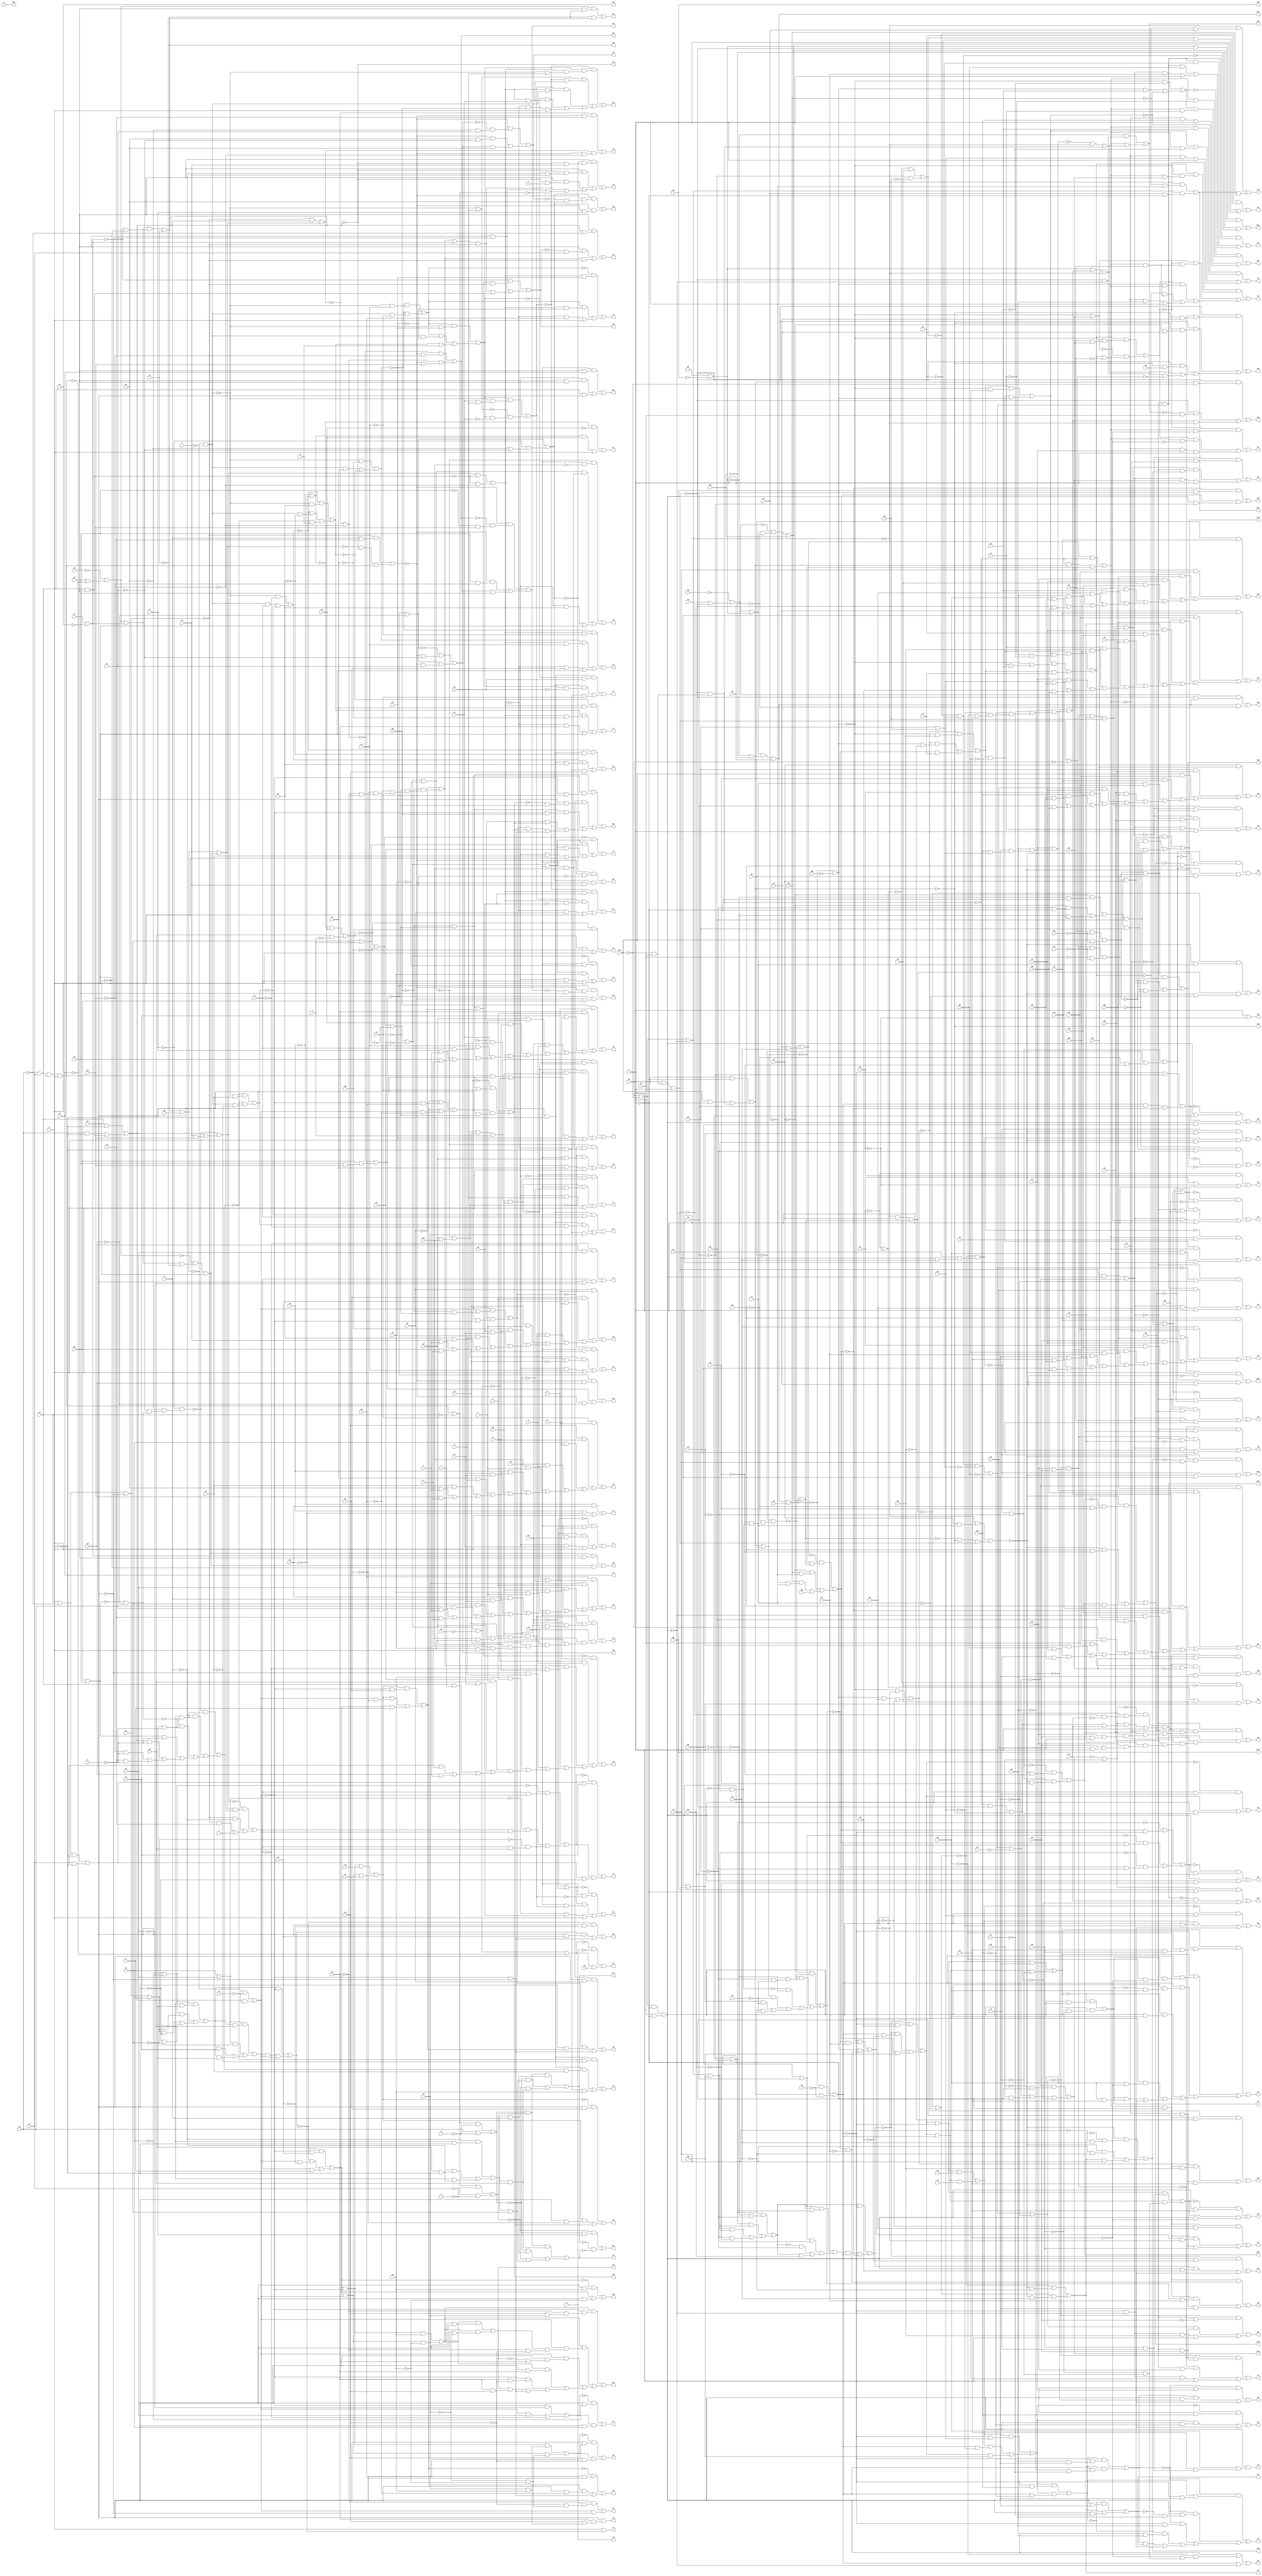
// IWLS benchmark module "pair" printed on Wed May 29 17:28:06 2002
module pair(a, b, c, d, e, f, g, h, i, j, k, l, m, n, o, p, q, r, s, t, u, v, w, y, z, a0, b0, c0, d0, e0, f0, g0, h0, i0, j0, k0, l0, m0, n0, o0, p0, q0, r0, s0, t0, u0, v0, w0, x0, y0, z0, a1, b1, c1, d1, e1, f1, g1, h1, i1, j1, k1, l1, m1, n1, o1, p1, q1, r1, s1, t1, u1, v1, w1, x1, y1, z1, a2, b2, c2, d2, e2, f2, g2, h2, i2, j2, k2, l2, m2, n2, o2, p2, q2, r2, s2, t2, u2, v2, w2, x2, y2, z2, a3, b3, c3, d3, e3, f3, g3, h3, i3, j3, k3, l3, m3, n3, o3, p3, q3, r3, s3, t3, u3, v3, w3, x3, y3, z3, a4, b4, c4, d4, e4, f4, g4, h4, i4, j4, k4, l4, m4, n4, o4, p4, q4, r4, s4, t4, u4, v4, w4, x4, y4, z4, a5, b5, c5, d5, e5, f5, g5, h5, i5, j5, k5, l5, m5, n5, o5, p5, q5, r5, s5, t5, u5, v5, w5, x5, y5, z5, a6, b6, c6, d6, e6, f6, g6, h6, i6, j6, k6, l6, m6, n6, o6, p6, q6, r6, s6, t6, u6, v6, w6, x6, y6, z6, a7, b7, c7, d7, e7, f7, g7, h7, i7, j7, k7, l7, m7, n7, o7, p7, q7, r7, s7, t7, u7, v7, w7, x7, y7, z7, a8, b8, c8, d8, e8, f8, g8, h8, i8, j8, k8, l8, m8, n8, o8, p8, q8, r8, s8, t8, u8, v8, w8, x8, y8, z8, a9, b9, c9, d9, e9, f9, g9, h9, i9, j9, k9, l9, m9, n9, o9, p9, q9, r9, s9, t9, u9, v9, w9, x9, y9, z9, a10, b10, c10, d10, e10, f10, g10, h10, i10, j10, k10, l10, m10, n10, o10, p10, q10, r10, s10, t10, u10, v10, w10, x10, y10);
input
  a,
  b,
  c,
  d,
  e,
  f,
  g,
  h,
  i,
  j,
  k,
  l,
  m,
  n,
  o,
  p,
  q,
  r,
  s,
  t,
  u,
  v,
  w,
  y,
  z,
  a0,
  a1,
  a2,
  a3,
  a4,
  a5,
  b0,
  b1,
  b2,
  b3,
  b4,
  b5,
  c0,
  c1,
  c2,
  c3,
  c4,
  c5,
  d0,
  d1,
  d2,
  d3,
  d4,
  d5,
  e0,
  e1,
  e2,
  e3,
  e4,
  e5,
  f0,
  f1,
  f2,
  f3,
  f4,
  f5,
  g0,
  g1,
  g2,
  g3,
  g4,
  g5,
  h0,
  h1,
  h2,
  h3,
  h4,
  h5,
  i0,
  i1,
  i2,
  i3,
  i4,
  i5,
  j0,
  j1,
  j2,
  j3,
  j4,
  j5,
  k0,
  k1,
  k2,
  k3,
  k4,
  k5,
  l0,
  l1,
  l2,
  l3,
  l4,
  l5,
  m0,
  m1,
  m2,
  m3,
  m4,
  m5,
  n0,
  n1,
  n2,
  n3,
  n4,
  n5,
  o0,
  o1,
  o2,
  o3,
  o4,
  o5,
  p0,
  p1,
  p2,
  p3,
  p4,
  p5,
  q0,
  q1,
  q2,
  q3,
  q4,
  q5,
  r0,
  r1,
  r2,
  r3,
  r4,
  r5,
  s0,
  s1,
  s2,
  s3,
  s4,
  t0,
  t1,
  t2,
  t3,
  t4,
  u0,
  u1,
  u2,
  u3,
  u4,
  v0,
  v1,
  v2,
  v3,
  v4,
  w0,
  w1,
  w2,
  w3,
  w4,
  x0,
  x1,
  x2,
  x3,
  x4,
  y0,
  y1,
  y2,
  y3,
  y4,
  z0,
  z1,
  z2,
  z3,
  z4;
output
  h10,
  x10,
  i10,
  y10,
  j10,
  k10,
  l10,
  m10,
  n10,
  a6,
  a7,
  a8,
  a9,
  b6,
  b7,
  b8,
  b9,
  c6,
  c7,
  c8,
  c9,
  d6,
  d7,
  d8,
  d9,
  e6,
  e7,
  e8,
  e9,
  f6,
  f7,
  f8,
  f9,
  g6,
  g7,
  g8,
  g9,
  h6,
  h7,
  h8,
  h9,
  i6,
  i7,
  i8,
  i9,
  j6,
  j7,
  j8,
  j9,
  k6,
  k7,
  k8,
  k9,
  l6,
  l7,
  l8,
  l9,
  m6,
  m7,
  m8,
  m9,
  n6,
  n7,
  n8,
  n9,
  o10,
  o6,
  o7,
  o8,
  o9,
  p6,
  p7,
  p8,
  p9,
  q6,
  q7,
  q8,
  q9,
  r6,
  r7,
  r8,
  r9,
  s5,
  s6,
  s7,
  s8,
  s9,
  t5,
  t6,
  t7,
  t8,
  t9,
  u5,
  u6,
  u7,
  u8,
  u9,
  v5,
  v6,
  v7,
  v8,
  v9,
  w5,
  w6,
  w7,
  w8,
  w9,
  x5,
  x6,
  x7,
  x8,
  x9,
  y5,
  y6,
  y7,
  y8,
  y9,
  z5,
  z6,
  z7,
  z8,
  z9,
  p10,
  a10,
  q10,
  b10,
  r10,
  c10,
  s10,
  d10,
  t10,
  e10,
  u10,
  f10,
  v10,
  g10,
  w10;
wire
  w39,
  \[77] ,
  \[78] ,
  w53,
  \[79] ,
  h20,
  h22,
  h31,
  h32,
  h40,
  \[80] ,
  \[81] ,
  \[82] ,
  \[83] ,
  \[84] ,
  \[85] ,
  x23,
  x29,
  \[86] ,
  \[87] ,
  \[88] ,
  x53,
  \[89] ,
  i19,
  i33,
  i44,
  \[90] ,
  \[91] ,
  \[92] ,
  \[93] ,
  \[94] ,
  y18,
  \[95] ,
  \[96] ,
  \[97] ,
  \[100] ,
  y43,
  y47,
  y48,
  \[98] ,
  y50,
  \[101] ,
  \[99] ,
  \[102] ,
  j18,
  \[103] ,
  j26,
  j27,
  \[104] ,
  \[105] ,
  j47,
  j50,
  j51,
  \[106] ,
  \[107] ,
  \[108] ,
  \[0] ,
  \[109] ,
  \[1] ,
  \[2] ,
  \[200] ,
  \[3] ,
  \[201] ,
  \[4] ,
  \[202] ,
  \[5] ,
  z22,
  \[203] ,
  \[6] ,
  z30,
  \[204] ,
  \[7] ,
  z40,
  \[110] ,
  \[205] ,
  \[8] ,
  z50,
  \[111] ,
  \[206] ,
  \[9] ,
  \[112] ,
  k20,
  \[113] ,
  \[114] ,
  \[209] ,
  k40,
  \[115] ,
  k45,
  \[116] ,
  \[117] ,
  \[118] ,
  \[210] ,
  \[211] ,
  \[212] ,
  \[121] ,
  \[122] ,
  \[123] ,
  \[124] ,
  l37,
  \[125] ,
  l51,
  \[126] ,
  \[128] ,
  \[129] ,
  \[130] ,
  \[131] ,
  \[132] ,
  m16,
  m19,
  \[133] ,
  \[134] ,
  \[135] ,
  m53,
  \[136] ,
  \[231] ,
  \[232] ,
  \[143] ,
  \[144] ,
  \[239] ,
  n38,
  n40,
  n43,
  \[145] ,
  n44,
  n50,
  \[146] ,
  \[241] ,
  \[243] ,
  \[247] ,
  o26,
  \[249] ,
  \[155] ,
  o49,
  \[156] ,
  \[157] ,
  \[158] ,
  \[159] ,
  \[252] ,
  \[253] ,
  \[254] ,
  \[160] ,
  \[255] ,
  \[256] ,
  \[257] ,
  p21,
  p22,
  \[163] ,
  p25,
  \[258] ,
  \[164] ,
  p36,
  \[259] ,
  \[165] ,
  p47,
  \[166] ,
  \[167] ,
  a26,
  \[168] ,
  a28,
  \[169] ,
  \[260] ,
  \[261] ,
  \[262] ,
  \[10] ,
  \[263] ,
  \[11] ,
  \[12] ,
  \[170] ,
  \[13] ,
  \[171] ,
  \[14] ,
  \[172] ,
  q19,
  \[15] ,
  \[173] ,
  \[16] ,
  \[174] ,
  q39,
  \[17] ,
  q42,
  \[175] ,
  \[18] ,
  \[176] ,
  \[177] ,
  b17,
  b18,
  \[178] ,
  b32,
  \[179] ,
  b46,
  \[21] ,
  \[22] ,
  \[180] ,
  \[23] ,
  \[181] ,
  \[24] ,
  \[182] ,
  r18,
  r20,
  \[183] ,
  \[26] ,
  \[184] ,
  r36,
  r38,
  \[27] ,
  \[185] ,
  \[28] ,
  r50,
  \[186] ,
  \[29] ,
  \[187] ,
  c25,
  \[188] ,
  \[189] ,
  c52,
  c54,
  \[30] ,
  \[31] ,
  \[32] ,
  \[190] ,
  \[33] ,
  \[191] ,
  \[34] ,
  s16,
  \[35] ,
  \[193] ,
  s24,
  \[36] ,
  \[194] ,
  \[37] ,
  \[195] ,
  \[38] ,
  \[39] ,
  \[197] ,
  d21,
  \[198] ,
  d31,
  \[199] ,
  \[40] ,
  \[41] ,
  \[42] ,
  \[43] ,
  \[44] ,
  \[45] ,
  t20,
  t22,
  \[46] ,
  \[47] ,
  \[48] ,
  \[49] ,
  e19,
  e29,
  e52,
  \[50] ,
  \[51] ,
  \[52] ,
  \[53] ,
  \[54] ,
  u19,
  \[55] ,
  u22,
  \[56] ,
  \[57] ,
  \[58] ,
  u53,
  \[59] ,
  f50,
  \[60] ,
  \[61] ,
  \[62] ,
  \[63] ,
  \[64] ,
  v19,
  \[65] ,
  \[66] ,
  v38,
  \[67] ,
  v41,
  v42,
  v49,
  \[68] ,
  v50,
  \[69] ,
  g29,
  g41,
  g49,
  \[70] ,
  \[71] ,
  \[72] ,
  \[73] ,
  \[74] ,
  \[75] ,
  \[76] ,
  w32;
assign
  w39 = (q39 & (~j50 & p3)) | ((q39 & (j50 & ~p3)) | (n38 & h0)),
  \[77]  = e52 & (o3 & (n3 & (m3 & l3))),
  \[78]  = (~n38 & (e52 & l3)) | (n38 & (e52 & ~l3)),
  w53 = (\[187]  & ~c0) | (~l5 & ~c0),
  h10 = y,
  \[79]  = (~r38 & (e52 & m3)) | (r38 & (e52 & ~m3)),
  h20 = \[257]  & ~b18,
  h22 = \[231]  | ~t20,
  h31 = (\[261]  & (x2 & w2)) | (\[260]  & (~x2 & ~w2)),
  h32 = (b32 & (~e19 & a3)) | ((b32 & (e19 & ~a3)) | (z30 & j)),
  h40 = ~t3 & (~s3 & (~r3 & (~q3 & (~p3 & (~o3 & n3))))),
  \[80]  = (~v38 & (e52 & n3)) | (v38 & (e52 & ~n3)),
  \[81]  = (r38 & (~j50 & (~o3 & (n3 & m3)))) | ((r38 & (j50 & (\[79]  & (~o3 & ~n3)))) | ((j50 & (e52 & (~\[79]  & o3))) | ((~r38 & (e52 & o3)) | ((~j50 & (o3 & ~n3)) | ((\[79]  & (o3 & n3)) | \[175] ))))),
  \[82]  = (~q39 & (e52 & p3)) | ((q39 & (e52 & ~p3)) | \[175] ),
  \[83]  = (~w39 & (e52 & q3)) | ((w39 & (e52 & ~q3)) | \[175] ),
  \[84]  = (~n40 & (e52 & r3)) | (n40 & (e52 & ~r3)),
  x10 = \[135] ,
  \[85]  = (~z40 & (n40 & (~j50 & r3))) | ((~z40 & (e52 & (~\[84]  & s3))) | ((~z40 & (~j50 & s3)) | ((~n40 & (e52 & s3)) | ((z40 & \[84] ) | \[175] )))),
  x23 = (~d21 & (~v19 & s1)) | (~d21 & (v19 & ~s1)),
  x29 = (~\[172]  & (r20 & ~e19)) | ((~\[171]  & (r20 & e19)) | (~\[143]  & (r20 & q1))),
  \[86]  = (~z40 & (e52 & t3)) | ((z40 & (e52 & ~t3)) | \[175] ),
  \[87]  = (\[155]  & (~g41 & ~u3)) | ((\[155]  & (g41 & u3)) | (\[210]  & l3)),
  \[88]  = (\[155]  & (~v41 & v3)) | ((\[155]  & (v41 & ~v3)) | (\[210]  & m3)),
  x53 = (\[187]  & ~b0) | (m5 & ~b0),
  i10 = a5,
  \[89]  = (~\[198]  & (\[155]  & ~w3)) | ((\[198]  & (\[155]  & w3)) | (\[210]  & n3)),
  i19 = ~c1 & (~b1 & (~a1 & m19)),
  i33 = (w32 & (e19 & (~d3 & ~c3))) | (~\[190]  & (w32 & ~e19)),
  i44 = (~\[194]  & f4) | (q5 & ~j0),
  \[90]  = (~q42 & (l51 & x3)) | ((\[254]  & l51) | ((~l51 & o3) | z)),
  \[91]  = (~v42 & (l51 & y3)) | ((v42 & (l51 & ~y3)) | ((~l51 & p3) | z)),
  \[92]  = (~\[204]  & (l51 & ~z3)) | ((\[204]  & (l51 & z3)) | ((~l51 & q3) | z)),
  \[93]  = (\[155]  & (~n43 & a4)) | ((\[155]  & (n43 & ~a4)) | (\[210]  & r3)),
  \[94]  = (~y43 & (n43 & (~z50 & (l51 & a4)))) | ((\[182]  & (~y43 & (l51 & b4))) | ((y43 & (z50 & l51)) | ((~n43 & (l51 & b4)) | ((~l51 & s3) | z)))),
  y10 = \[136] ,
  y18 = \[164]  | r18,
  \[95]  = (~y43 & (l51 & c4)) | ((y43 & (l51 & ~c4)) | ((~l51 & t3) | z)),
  \[96]  = z | ~d4,
  \[97]  = (~e4 & d4) | ((e4 & ~d4) | z),
  \[100]  = (~v50 & (~n44 & ~h4)) | ((\[212]  & h4) | ((v50 & v3) | z)),
  y43 = (n43 & (~z50 & (b4 & a4))) | (~\[182]  & (n43 & ~b4)),
  y47 = \[185]  | (~y4 | (~x4 | ~w4)),
  y48 = (n5 & (~m5 & l5)) | z,
  \[98]  = (~\[194]  & ~f4) | ((\[194]  & f4) | z),
  y50 = (~m53 & r5) | \[160] ,
  \[101]  = (~i44 & i4) | ((i44 & ~i4) | z),
  j10 = \[121] ,
  \[99]  = (~\[243]  & \[212] ) | ((\[212]  & \[183] ) | ((\[212]  & g4) | ((v50 & u3) | z))),
  \[102]  = (~\[168]  & (~v50 & ~j4)) | ((\[168]  & (~v50 & j4)) | ((v50 & w3) | z)),
  j18 = (~\[164]  & (y18 & ~i1)) | h1,
  \[103]  = (~\[168]  & (~k45 & (~v50 & j4))) | ((~k45 & (~v50 & k4)) | ((v50 & x3) | z)),
  j26 = (~\[193]  & d2) | (q1 & ~l),
  j27 = ~\[166]  & (i2 & h2),
  \[104]  = (~k45 & (~v50 & l4)) | ((k45 & (~v50 & ~l4)) | ((v50 & y3) | z)),
  \[105]  = (\[169]  & (~b46 & ~v50)) | ((~b46 & (~v50 & m4)) | ((v50 & z3) | z)),
  j47 = ~\[184]  & (u4 & (t4 & s4)),
  j50 = (~\[146]  & ~e0) | (u53 & ~e0),
  j51 = ~y48 & (~m5 & l5),
  \[106]  = (~b46 & (~v50 & n4)) | ((b46 & (~v50 & ~n4)) | ((v50 & a4) | z)),
  \[107]  = (~\[158]  & (~v50 & ~o4)) | ((\[158]  & (~v50 & o4)) | ((v50 & b4) | z)),
  \[108]  = (~v50 & (q4 & (o4 & (n4 & (m4 & (l4 & (k4 & (j4 & h4)))))))) | (q4 & (o4 & (n4 & (m4 & (l4 & (k4 & (j4 & (h4 & z)))))))),
  \[0]  = (e3 & m) | ((a3 & n) | ((t2 & o) | ((o2 & s) | ((j2 & t) | ((g2 & u) | ((a2 & p) | ((x1 & q) | ((u1 & r) | ((d1 & v) | (y0 & w)))))))))),
  \[109]  = (~\[206]  & (~v50 & ~q4)) | ((\[206]  & (~v50 & q4)) | ((v50 & c4) | z)),
  \[1]  = (d3 & m) | ((z2 & n) | ((s2 & o) | ((m2 & s) | ((i2 & t) | ((d2 & u) | ((z1 & p) | ((w1 & q) | ((t1 & r) | ((c1 & v) | (x0 & w)))))))))),
  \[2]  = (c3 & m) | ((y2 & n) | ((r2 & o) | ((l2 & s) | ((h2 & t) | ((c2 & u) | ((y1 & p) | ((v1 & q) | ((s1 & r) | ((b1 & v) | (w0 & w)))))))))),
  \[200]  = (~e19 & ~q2) | ((e19 & q2) | ~r20),
  \[3]  = (b3 & m) | ((x2 & n) | ((q2 & o) | ((k2 & s) | ((f2 & t) | ((b2 & u) | ((r1 & q) | ((p1 & p) | ((m1 & r) | ((a1 & v) | (v0 & w)))))))))),
  \[201]  = (g29 & ~e19) | ((e29 & e19) | ~r20),
  \[4]  = (~\[249]  & o) | ((~\[181]  & s) | ((p21 & m) | ((~r20 & u) | ((~t20 & q) | ((w2 & n) | ((e2 & t) | ((q1 & p) | ((n1 & r) | ((l1 & w) | (z0 & v)))))))))),
  \[202]  = (~j50 & ~f3) | ((j50 & f3) | ~c52),
  \[5]  = (z4 & t0) | ((u4 & u0) | ((q4 & q0) | ((l4 & r0) | ((i4 & s0) | ((c4 & n0) | ((z3 & o0) | ((w3 & p0) | ((t3 & k0) | ((p3 & l0) | (i3 & m0)))))))))),
  z22 = (~r1 & (~q1 & ~b)) | ((~r1 & (~p1 & ~b)) | (~q1 & (~p1 & ~b))),
  \[203]  = (r36 & ~j50) | ((p36 & j50) | ~c52),
  \[6]  = (y4 & t0) | ((t4 & u0) | ((o4 & q0) | ((k4 & r0) | ((f4 & s0) | ((b4 & n0) | ((y3 & o0) | ((v3 & p0) | ((s3 & k0) | ((o3 & l0) | (h3 & m0)))))))))),
  z30 = (~\[201]  & (~e19 & t2)) | ((~\[201]  & (e19 & ~t2)) | (r20 & j)),
  \[204]  = (~z50 & ~y3) | ((z50 & y3) | ~v42),
  \[7]  = (x4 & t0) | ((s4 & u0) | ((n4 & q0) | ((j4 & r0) | ((e4 & s0) | ((a4 & n0) | ((x3 & o0) | ((u3 & p0) | ((r3 & k0) | ((n3 & l0) | (g3 & m0)))))))))),
  z40 = (n40 & (~j50 & (s3 & r3))) | (n40 & (j50 & (~s3 & ~r3))),
  \[110]  = (~y50 & (~p47 & r4)) | (y50 & (~p47 & ~r4)),
  \[205]  = \[157]  | ~m2,
  \[8]  = (r5 & o0) | ((p5 & n0) | ((m5 & p0) | ((w4 & t0) | ((r4 & u0) | ((m4 & q0) | ((h4 & r0) | ((d4 & s0) | ((q3 & k0) | ((m3 & l0) | (f3 & m0)))))))))),
  z50 = ~\[146]  & ~g0,
  \[111]  = (~\[184]  & (~p47 & ~s4)) | (\[184]  & (~p47 & s4)),
  \[206]  = \[158]  | ~o4,
  \[9]  = (~\[170]  & q0) | ((k40 & m0) | ((h40 & k0) | ((~c52 & s0) | ((~e52 & o0) | ((q5 & n0) | ((n5 & p0) | ((l5 & u0) | ((v4 & t0) | ((g4 & r0) | (l3 & l0)))))))))),
  k10 = \[122] ,
  \[112]  = (~p47 & (~\[111]  & (~t4 & s4))) | ((~p47 & (t4 & ~s4)) | (\[111]  & t4)),
  k20 = (\[252]  & ~h20) | (~h20 & ~v0),
  \[113]  = (~j47 & (~p47 & (~\[112]  & t4))) | (~j47 & (~p47 & u4)),
  \[114]  = (~j47 & (~p47 & v4)) | (j47 & (~p47 & ~v4)),
  \[209]  = ~k20 & ~b,
  k40 = t3 & (s3 & (r3 & (q3 & p3))),
  \[115]  = (~\[185]  & (~p47 & ~w4)) | (\[185]  & (~p47 & w4)),
  k45 = ~\[168]  & (k4 & j4),
  \[116]  = (~p47 & (~\[115]  & (~x4 & w4))) | ((~p47 & (x4 & ~w4)) | (\[115]  & x4)),
  \[117]  = (y47 & (~p47 & (~\[116]  & x4))) | (y47 & (~p47 & y4)),
  \[118]  = (~y47 & (~p47 & ~z4)) | (y47 & (~p47 & z4)),
  \[210]  = ~l51 & ~z,
  \[211]  = o26 & ~q19,
  \[212]  = ~v50 & n44,
  \[121]  = (v49 & (~o49 & ~d5)) | e5,
  l10 = \[123] ,
  \[122]  = (g49 & (o49 & ~y48)) | (g49 & ~d5),
  \[123]  = (\[165]  & (~y48 & \[121] )) | (\[121]  & ~e5),
  \[124]  = (~\[163]  & (f50 & (~g5 & ~f5))) | ((\[163]  & (f50 & f5)) | z),
  l37 = (~\[174]  & (c52 & ~j50)) | ((~\[173]  & (c52 & j50)) | (~\[144]  & (c52 & q5))),
  \[125]  = (\[163]  & (g5 & ~z)) | ((~\[124]  & f5) | ~f50),
  l51 = (\[253]  & ~j51) | ((~j51 & u53) | ~\[241] ),
  \[126]  = (~\[170]  & (~h5 & ~z)) | ((\[170]  & (h5 & ~z)) | ~f50),
  \[128]  = (~m53 & (~k5 & ~j5)) | (m53 & (j5 & ~z)),
  \[129]  = (~m53 & (~k5 & j5)) | (\[128]  & k5),
  \[130]  = (~o49 & (~y48 & ~e52)) | ((\[195]  & ~m53) | ((~k40 & ~m53) | j51)),
  \[131]  = (~y48 & (~y47 & (~u53 & z4))) | ((~y48 & (~u53 & (~r5 & z4))) | ((~y48 & (~u53 & a0)) | ((\[195]  & ~m53) | ((~y48 & ~e52) | ~\[187] )))),
  m10 = \[124] ,
  \[132]  = (~y48 & (u53 & ~m5)) | ((~y48 & (~\[130]  & l5)) | (h40 & ~m53)),
  m16 = ~\[177]  & (y0 & (x0 & w0)),
  m19 = ~\[188]  & ~z0,
  \[133]  = ~u53,
  \[134]  = (~\[256]  & (~x53 & ~p5)) | (~\[136]  & ~\[135] ),
  \[135]  = (\[259]  & (c54 & q5)) | ((~x53 & (c54 & r5)) | (~w53 & (c54 & p5))),
  m53 = \[232]  | ~e52,
  \[136]  = (\[259]  & (c54 & r5)) | ((~x53 & (c54 & p5)) | (~w53 & (c54 & q5))),
  \[231]  = n1 | ~m1,
  \[232]  = n5 | ~m5,
  n10 = \[125] ,
  \[143]  = h22 | j,
  a6 = \[8] ,
  a7 = \[34] ,
  a8 = \[60] ,
  \[144]  = m53 | h0,
  a9 = \[86] ,
  \[239]  = ~j26 | ~g2,
  n38 = (~\[203]  & (~j50 & i3)) | ((~\[203]  & (j50 & ~i3)) | (c52 & h0)),
  n40 = (w39 & (~j50 & q3)) | (w39 & (j50 & ~q3)),
  b6 = \[9] ,
  b7 = \[35] ,
  b8 = \[61] ,
  n43 = (\[254]  & (v42 & (~z3 & ~y3))) | ((v42 & (~z50 & (z3 & y3))) | (q42 & i0)),
  \[145]  = \[21]  | g1,
  b9 = \[87] ,
  n44 = (\[243]  & ~\[183] ) | ~g4,
  n50 = ~y4 & (~x4 & (~w4 & r50)),
  c6 = \[10] ,
  c7 = \[36] ,
  c8 = \[62] ,
  \[146]  = \[121]  | c5,
  c9 = \[88] ,
  d6 = \[11] ,
  d7 = \[37] ,
  d8 = \[63] ,
  d9 = \[89] ,
  e6 = \[12] ,
  e7 = \[38] ,
  e8 = \[64] ,
  e9 = \[90] ,
  f6 = \[13] ,
  f7 = \[39] ,
  f8 = \[65] ,
  f9 = \[91] ,
  g6 = \[14] ,
  g7 = \[40] ,
  g8 = \[66] ,
  g9 = \[92] ,
  h6 = \[15] ,
  h7 = \[41] ,
  h8 = \[67] ,
  h9 = \[93] ,
  i6 = \[16] ,
  i7 = \[42] ,
  i8 = \[68] ,
  i9 = \[94] ,
  \[241]  = u53 | r4,
  j6 = \[17] ,
  j7 = \[43] ,
  j8 = \[69] ,
  j9 = \[95] ,
  k6 = \[18] ,
  k7 = \[44] ,
  k8 = \[70] ,
  k9 = \[96] ,
  \[243]  = ~i44 | ~i4,
  l6 = a,
  l7 = \[45] ,
  l8 = \[71] ,
  l9 = \[97] ,
  m6 = e1,
  m7 = \[46] ,
  m8 = \[72] ,
  m9 = \[98] ,
  n6 = \[21] ,
  n7 = \[47] ,
  n8 = \[73] ,
  n9 = \[99] ,
  o10 = \[126] ,
  o6 = \[22] ,
  o7 = \[48] ,
  o8 = \[74] ,
  o9 = \[100] ,
  \[247]  = \[181]  | ~j1,
  p6 = \[23] ,
  p7 = \[49] ,
  p8 = \[75] ,
  p9 = \[101] ,
  o26 = (\[239]  & ~\[180] ) | ~e2,
  q6 = \[24] ,
  q7 = \[50] ,
  q8 = \[76] ,
  q9 = \[102] ,
  \[249]  = \[190]  | ~e3,
  r6 = j1,
  r7 = \[51] ,
  r8 = \[77] ,
  \[155]  = l51 & ~z,
  r9 = \[103] ,
  o49 = b5 | ~a5,
  s5 = \[0] ,
  s6 = \[26] ,
  s7 = \[52] ,
  s8 = \[78] ,
  \[156]  = k20 & ~b,
  s9 = \[104] ,
  t5 = \[1] ,
  t6 = \[27] ,
  t7 = \[53] ,
  t8 = \[79] ,
  \[157]  = ~a28 | ~l2,
  t9 = \[105] ,
  u5 = \[2] ,
  u6 = \[28] ,
  u7 = \[54] ,
  u8 = \[80] ,
  \[158]  = ~b46 | ~n4,
  u9 = \[106] ,
  v5 = \[3] ,
  v6 = \[29] ,
  v7 = \[55] ,
  v8 = \[81] ,
  \[159]  = \[145]  | j18,
  v9 = \[107] ,
  w5 = \[4] ,
  w6 = \[30] ,
  w7 = \[56] ,
  w8 = \[82] ,
  w9 = \[108] ,
  x5 = \[5] ,
  x6 = \[31] ,
  x7 = \[57] ,
  x8 = \[83] ,
  x9 = \[109] ,
  y5 = \[6] ,
  y6 = \[32] ,
  y7 = \[58] ,
  y8 = \[84] ,
  y9 = \[110] ,
  z5 = \[7] ,
  z6 = \[33] ,
  z7 = \[59] ,
  z8 = \[85] ,
  z9 = \[111] ,
  \[252]  = ~i19 | (p22 | (d1 | w0)),
  \[253]  = ~n50 | (z4 | s4),
  \[254]  = q42 & ~x3,
  \[160]  = \[146]  | g49,
  \[255]  = t22,
  \[256]  = w53,
  p10 = g5,
  \[257]  = ~m1 & l1,
  p21 = ~e3 & (~d3 & (~c3 & (~b3 & (~a3 & (~z2 & y2))))),
  p22 = (n1 & ~b) | ((m1 & ~b) | h20),
  \[163]  = ~\[126]  | h5,
  p25 = (c25 & (~v19 & x1)) | ((c25 & (v19 & ~x1)) | (s24 & k)),
  \[258]  = u22 & t22,
  \[164]  = ~o1 | (k1 | ~j1),
  p36 = (\[173]  & (r36 & ~q5)) | ((\[173]  & \[144] ) | ((~r36 & ~p5) | (r36 & h3))),
  \[259]  = x53 & w53,
  \[165]  = ~o5 | (i5 | ~g5),
  p47 = (~m53 & (r5 & r4)) | ((~\[160]  & ~u53) | y48),
  \[166]  = o26 | ~f2,
  a10 = \[112] ,
  \[167]  = (j27 & j2) | l,
  a26 = (p25 & (~v19 & (z1 & y1))) | (~\[179]  & (p25 & ~z1)),
  \[168]  = n44 | ~h4,
  a28 = \[167]  & k2,
  \[169]  = (k45 & l4) | j0,
  \[260]  = z30 & e19,
  \[261]  = z30 & ~e19,
  \[262]  = n38 & j50,
  \[10]  = (~u19 & (~s16 & v0)) | (u19 & (~s16 & ~v0)),
  \[263]  = n38 & ~j50,
  \[11]  = (~\[177]  & (~s16 & ~w0)) | (\[177]  & (~s16 & w0)),
  \[12]  = (~s16 & (~\[11]  & (~x0 & w0))) | ((~s16 & (x0 & ~w0)) | (\[11]  & x0)),
  \[170]  = n44 | ~p4,
  \[13]  = (~m16 & (~s16 & (~\[12]  & x0))) | (~m16 & (~s16 & y0)),
  \[171]  = r2 | q2,
  \[14]  = (~m16 & (~s16 & z0)) | (m16 & (~s16 & ~z0)),
  q10 = \[128] ,
  \[172]  = ~r2 | ~q2,
  q19 = (b18 & t20) | ~\[181] ,
  \[15]  = (~\[178]  & (~s16 & ~a1)) | (\[178]  & (~s16 & a1)),
  \[173]  = g3 | f3,
  \[16]  = (~s16 & (~\[15]  & (~b1 & a1))) | ((~s16 & (b1 & ~a1)) | (\[15]  & b1)),
  \[174]  = ~g3 | ~f3,
  q39 = (\[263]  & k3) | (\[262]  & j3),
  \[17]  = (b17 & (~s16 & (~\[16]  & b1))) | (b17 & (~s16 & c1)),
  q42 = (~\[198]  & (~z50 & w3)) | ((~\[198]  & (z50 & ~w3)) | (~g41 & i0)),
  \[175]  = ~j50 & ~e52,
  \[18]  = (~b17 & (~s16 & ~d1)) | (b17 & (~s16 & d1)),
  \[176]  = ~e19 & ~t20,
  b10 = \[113] ,
  \[177]  = ~u19 | ~v0,
  b17 = \[178]  | (~c1 | (~b1 | ~a1)),
  b18 = (\[257]  & n1) | b,
  \[178]  = ~m16 | ~z0,
  b32 = (\[261]  & v2) | (\[260]  & u2),
  \[179]  = ~v19 | y1,
  b46 = \[169]  & m4,
  \[21]  = (y18 & (~r18 & ~h1)) | i1,
  \[22]  = (j18 & (r18 & ~b18)) | (j18 & ~h1),
  \[180]  = p1 | l,
  \[23]  = (\[164]  & (~b18 & \[21] )) | (\[21]  & ~i1),
  \[181]  = o26 | ~n2,
  \[24]  = (~q19 & (~b18 & j1)) | ((q19 & (~b18 & ~j1)) | (\[257]  & t20)),
  r10 = \[129] ,
  \[182]  = ~z50 | a4,
  r18 = f1 | ~e1,
  r20 = (~\[252]  & (\[159]  & ~v0)) | ((~h22 & ~r1) | ((~h22 & v0) | f)),
  \[183]  = p5 | j0,
  \[26]  = (~r18 & (~b18 & ~t20)) | ((\[249]  & ~h22) | ((\[191]  & ~h22) | h20)),
  \[184]  = ~y50 | ~r4,
  r36 = (\[174]  & (~q5 & ~p5)) | ((\[174]  & \[144] ) | ((\[144]  & ~h3) | (~p5 & ~h3))),
  r38 = (\[263]  & l3) | (\[262]  & ~l3),
  \[27]  = (~b18 & (~b17 & (~p22 & d1))) | ((~b18 & (~p22 & (~r1 & d1))) | ((~b18 & (~p22 & c)) | ((\[191]  & ~h22) | ((~b18 & ~t20) | ~\[186] )))),
  \[185]  = ~j47 | ~v4,
  \[28]  = (~b18 & (p22 & ~m1)) | ((~b18 & (~\[26]  & l1)) | (p21 & ~h22)),
  r50 = ~\[189]  & ~v4,
  \[186]  = b18 | ~n1,
  c10 = \[114] ,
  \[29]  = ~p22,
  \[187]  = y48 | ~n5,
  c25 = (~\[199]  & (~v19 & w1)) | (~\[199]  & (v19 & ~w1)),
  \[188]  = y0 | x0,
  \[189]  = u4 | t4,
  c52 = (~\[253]  & (~\[241]  & \[160] )) | ((~r5 & (k5 & ~j5)) | ((k5 & (~j5 & r4)) | d0)),
  c54 = (~r5 & (~q5 & ~z)) | ((~r5 & (~p5 & ~z)) | (~q5 & (~p5 & ~z))),
  \[30]  = (~\[255]  & (~u22 & ~p1)) | (~\[32]  & ~\[31] ),
  \[31]  = (\[258]  & (z22 & q1)) | ((~u22 & (z22 & r1)) | (~t22 & (z22 & p1))),
  \[32]  = (\[258]  & (z22 & r1)) | ((~u22 & (z22 & p1)) | (~t22 & (z22 & q1))),
  \[190]  = ~d3 | ~c3,
  \[33]  = (\[156]  & (~d21 & ~s1)) | ((\[156]  & (d21 & s1)) | (\[209]  & w2)),
  \[191]  = p21 | r18,
  \[34]  = (\[156]  & (~x23 & t1)) | ((\[156]  & (x23 & ~t1)) | (\[209]  & x2)),
  s10 = \[130] ,
  s16 = (~h22 & (r1 & v0)) | ((~\[159]  & ~p22) | b18),
  \[35]  = (~\[197]  & (\[156]  & ~u1)) | ((\[197]  & (\[156]  & u1)) | (\[209]  & y2)),
  \[193]  = ~c2 | ~b2,
  s24 = (~\[197]  & (~v19 & u1)) | ((~\[197]  & (v19 & ~u1)) | (~d21 & k)),
  \[36]  = (~s24 & (k20 & v1)) | ((s24 & (k20 & ~v1)) | ((~k20 & z2) | b)),
  \[194]  = ~e4 | ~d4,
  \[37]  = (~\[199]  & (k20 & ~w1)) | ((\[199]  & (k20 & w1)) | ((~k20 & a3) | b)),
  \[195]  = o49 | h40,
  \[38]  = (~c25 & (k20 & x1)) | ((c25 & (k20 & ~x1)) | ((~k20 & b3) | b)),
  d10 = \[115] ,
  \[39]  = (\[156]  & (~p25 & y1)) | ((\[156]  & (p25 & ~y1)) | (\[209]  & c3)),
  \[197]  = (~v19 & ~t1) | ((v19 & t1) | ~x23),
  d21 = (~i19 & (~q1 & (~p1 & ~h))) | ((~r1 & (~q1 & (~p1 & ~h))) | ((~m19 & (~p1 & ~h)) | ((\[188]  & ~h) | ((p22 & ~h) | ((~w0 & ~h) | (v0 & ~h)))))),
  \[198]  = (~z50 & ~v3) | ((z50 & v3) | ~v41),
  d31 = (\[261]  & w2) | (\[260]  & ~w2),
  \[199]  = (~v19 & ~v1) | ((v19 & v1) | ~s24),
  \[40]  = (~a26 & (p25 & (k20 & (~v19 & y1)))) | ((\[179]  & (~a26 & (k20 & z1))) | ((a26 & (k20 & v19)) | ((~p25 & (k20 & z1)) | ((~k20 & d3) | b)))),
  \[41]  = (~a26 & (k20 & a2)) | ((a26 & (k20 & ~a2)) | ((~k20 & e3) | b)),
  \[42]  = b | ~b2,
  \[43]  = (~c2 & b2) | ((c2 & ~b2) | b),
  \[44]  = (~\[193]  & ~d2) | ((\[193]  & d2) | b),
  t10 = \[131] ,
  \[45]  = (~\[239]  & \[211] ) | ((\[211]  & \[180] ) | ((\[211]  & e2) | ((q19 & s1) | b))),
  t20 = (\[231]  & ~b) | (l1 & ~b),
  t22 = (\[186]  & ~e) | (~l1 & ~e),
  \[46]  = (~o26 & (~q19 & ~f2)) | ((\[211]  & f2) | ((q19 & t1) | b)),
  \[47]  = (~j26 & g2) | ((j26 & ~g2) | b),
  \[48]  = (~\[166]  & (~q19 & ~h2)) | ((\[166]  & (~q19 & h2)) | ((q19 & u1) | b)),
  e10 = \[116] ,
  \[49]  = (~\[166]  & (~j27 & (~q19 & h2))) | ((~j27 & (~q19 & i2)) | ((q19 & v1) | b)),
  e19 = (~\[145]  & ~g) | (p22 & ~g),
  e29 = (\[171]  & (g29 & ~q1)) | ((\[171]  & \[143] ) | ((g29 & s2) | (s2 & ~p1))),
  e52 = (\[232]  & ~z) | (l5 & ~z),
  \[50]  = (~j27 & (~q19 & j2)) | ((j27 & (~q19 & ~j2)) | ((q19 & w1) | b)),
  \[51]  = (\[167]  & (~a28 & ~q19)) | ((~a28 & (~q19 & k2)) | ((q19 & x1) | b)),
  \[52]  = (~a28 & (~q19 & l2)) | ((a28 & (~q19 & ~l2)) | ((q19 & y1) | b)),
  \[53]  = (~\[157]  & (~q19 & ~m2)) | ((\[157]  & (~q19 & m2)) | ((q19 & z1) | b)),
  \[54]  = (~q19 & (o2 & (m2 & (l2 & (k2 & (j2 & (i2 & (h2 & f2)))))))) | (o2 & (m2 & (l2 & (k2 & (j2 & (i2 & (h2 & (f2 & b)))))))),
  u10 = \[132] ,
  u19 = (~h22 & r1) | \[159] ,
  \[55]  = (~\[205]  & (~q19 & ~o2)) | ((\[205]  & (~q19 & o2)) | ((q19 & a2) | b)),
  u22 = (\[186]  & ~d) | (m1 & ~d),
  \[56]  = (~\[247]  & ~a) | (\[247]  & p2),
  \[57]  = (~r20 & (t20 & q2)) | (r20 & (t20 & ~q2)),
  \[58]  = (~\[200]  & (t20 & ~r2)) | (\[200]  & (t20 & r2)),
  u53 = (n5 & ~z) | ((m5 & ~z) | j51),
  f10 = \[117] ,
  \[59]  = (~x29 & (t20 & s2)) | (x29 & (t20 & ~s2)),
  f50 = (~j51 & ~y48) | ~u53,
  \[60]  = (~\[201]  & (t20 & ~t2)) | ((\[201]  & (t20 & t2)) | \[176] ),
  \[61]  = (t20 & (~z2 & (~y2 & (~x2 & ~w2)))) | (e19 & ~t20),
  \[62]  = t20 & (z2 & (y2 & (x2 & w2))),
  \[63]  = (~z30 & (t20 & w2)) | (z30 & (t20 & ~w2)),
  \[64]  = (~d31 & (t20 & x2)) | (d31 & (t20 & ~x2)),
  v10 = \[133] ,
  v19 = ~\[145]  & ~i,
  \[65]  = (~h31 & (t20 & y2)) | (h31 & (t20 & ~y2)),
  \[66]  = (d31 & (~e19 & (~z2 & (y2 & x2)))) | ((d31 & (e19 & (\[64]  & (~z2 & ~y2)))) | ((e19 & (t20 & (~\[64]  & z2))) | ((~d31 & (t20 & z2)) | ((~e19 & (z2 & ~y2)) | ((\[64]  & (z2 & y2)) | \[176] ))))),
  v38 = (\[263]  & (m3 & l3)) | (\[262]  & (~m3 & ~l3)),
  \[67]  = (~b32 & (t20 & a3)) | ((b32 & (t20 & ~a3)) | \[176] ),
  v41 = (~z50 & (~g41 & u3)) | (z50 & (~g41 & ~u3)),
  v42 = (q42 & (~z50 & x3)) | (\[254]  & z50),
  v49 = \[165]  | o49,
  \[68]  = (~h32 & (t20 & b3)) | ((h32 & (t20 & ~b3)) | \[176] ),
  v50 = (y48 & e52) | ~\[170] ,
  g10 = \[118] ,
  \[69]  = (~w32 & (t20 & c3)) | (w32 & (t20 & ~c3)),
  g29 = (\[172]  & (~q1 & ~p1)) | ((\[172]  & \[143] ) | ((\[143]  & ~s2) | (~s2 & ~p1))),
  g41 = (~n50 & (~q5 & (~p5 & ~f0))) | ((~r5 & (~q5 & (~p5 & ~f0))) | ((~r50 & (~p5 & ~f0)) | ((\[241]  & ~f0) | ((\[189]  & ~f0) | (~s4 & ~f0))))),
  g49 = (~\[165]  & (v49 & ~e5)) | d5,
  \[70]  = (\[190]  & (w32 & (~e19 & c3))) | ((~i33 & (t20 & (~\[69]  & d3))) | ((\[190]  & (~e19 & d3)) | ((~\[190]  & \[69] ) | ((i33 & \[69] ) | \[176] )))),
  \[71]  = (~i33 & (t20 & e3)) | ((i33 & (t20 & ~e3)) | \[176] ),
  \[72]  = (~c52 & (e52 & f3)) | (c52 & (e52 & ~f3)),
  \[73]  = (~\[202]  & (e52 & ~g3)) | (\[202]  & (e52 & g3)),
  \[74]  = (~l37 & (e52 & h3)) | (l37 & (e52 & ~h3)),
  w10 = \[134] ,
  \[75]  = (~\[203]  & (e52 & ~i3)) | ((\[203]  & (e52 & i3)) | \[175] ),
  \[76]  = (e52 & (~o3 & (~n3 & (~m3 & ~l3)))) | (j50 & ~e52),
  w32 = (h32 & (~e19 & b3)) | (h32 & (e19 & ~b3));
endmodule